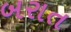
બરાત